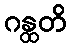
ဂန္ထတိ